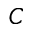
C